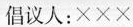
倡议人：×××